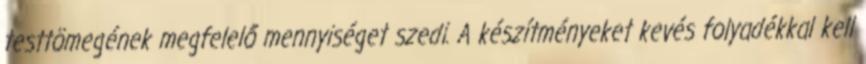
testtömegének megfelelő mennyiséget szedi. A készítményeket kevés folyadékkal kell